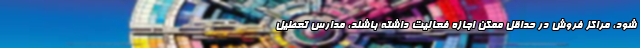
شود، مراکز فروش در حداقل ممکن اجازه فعالیت داشته باشند، مدارس تعطیل